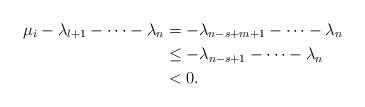
LaTeX: \begin{align*}\mu_{i}-\lambda_{l+1}-\cdots-\lambda_{n}&=-\lambda_{n-s+m+1}-\cdots-\lambda_{n} \\&\leq-\lambda_{n-s+1}-\cdots-\lambda_{n}\\&<0. \end{align*}